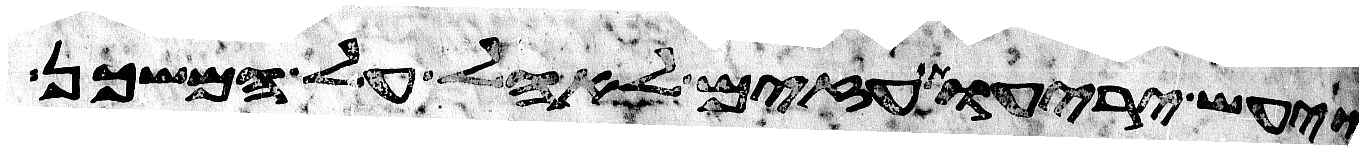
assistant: ויעש יריעות עזים לאהל על המשכן